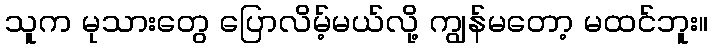
သူက မုသားတွေ ပြောလိမ့်မယ်လို့ ကျွန်မတော့ မထင်ဘူး။